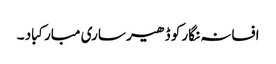
افسانہ نگار کو ڈھیر ساری مبارکباد ۔